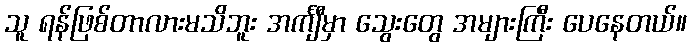
သူ ရန်ဖြစ်တာလားမသိဘူး အင်္ကျီမှာ သွေးတွေ အများကြီး ပေနေတယ်။